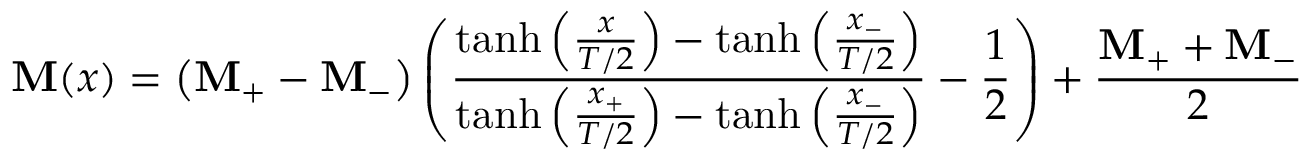
\mathbf { M } ( x ) = \left( \mathbf { M } _ { + } - \mathbf { M } _ { - } \right) \left( \frac { \operatorname { t a n h } \left( \frac { x } { T / 2 } \right) - \operatorname { t a n h } \left( \frac { x _ { - } } { T / 2 } \right) } { \operatorname { t a n h } \left( \frac { x _ { + } } { T / 2 } \right) - \operatorname { t a n h } \left( \frac { x _ { - } } { T / 2 } \right) } - \frac { 1 } { 2 } \right) + \frac { \mathbf { M } _ { + } + \mathbf { M } _ { - } } { 2 }